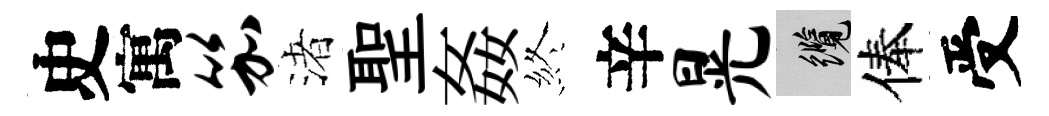
史寓笳渚聖姦終辛晃纜俸受